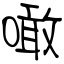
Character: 噉